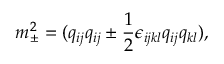
m _ { \pm } ^ { 2 } = ( q _ { i j } q _ { i j } \pm { \frac { 1 } { 2 } } \epsilon _ { i j k l } q _ { i j } q _ { k l } ) ,